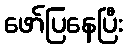
ဖော်ပြနေပြီး